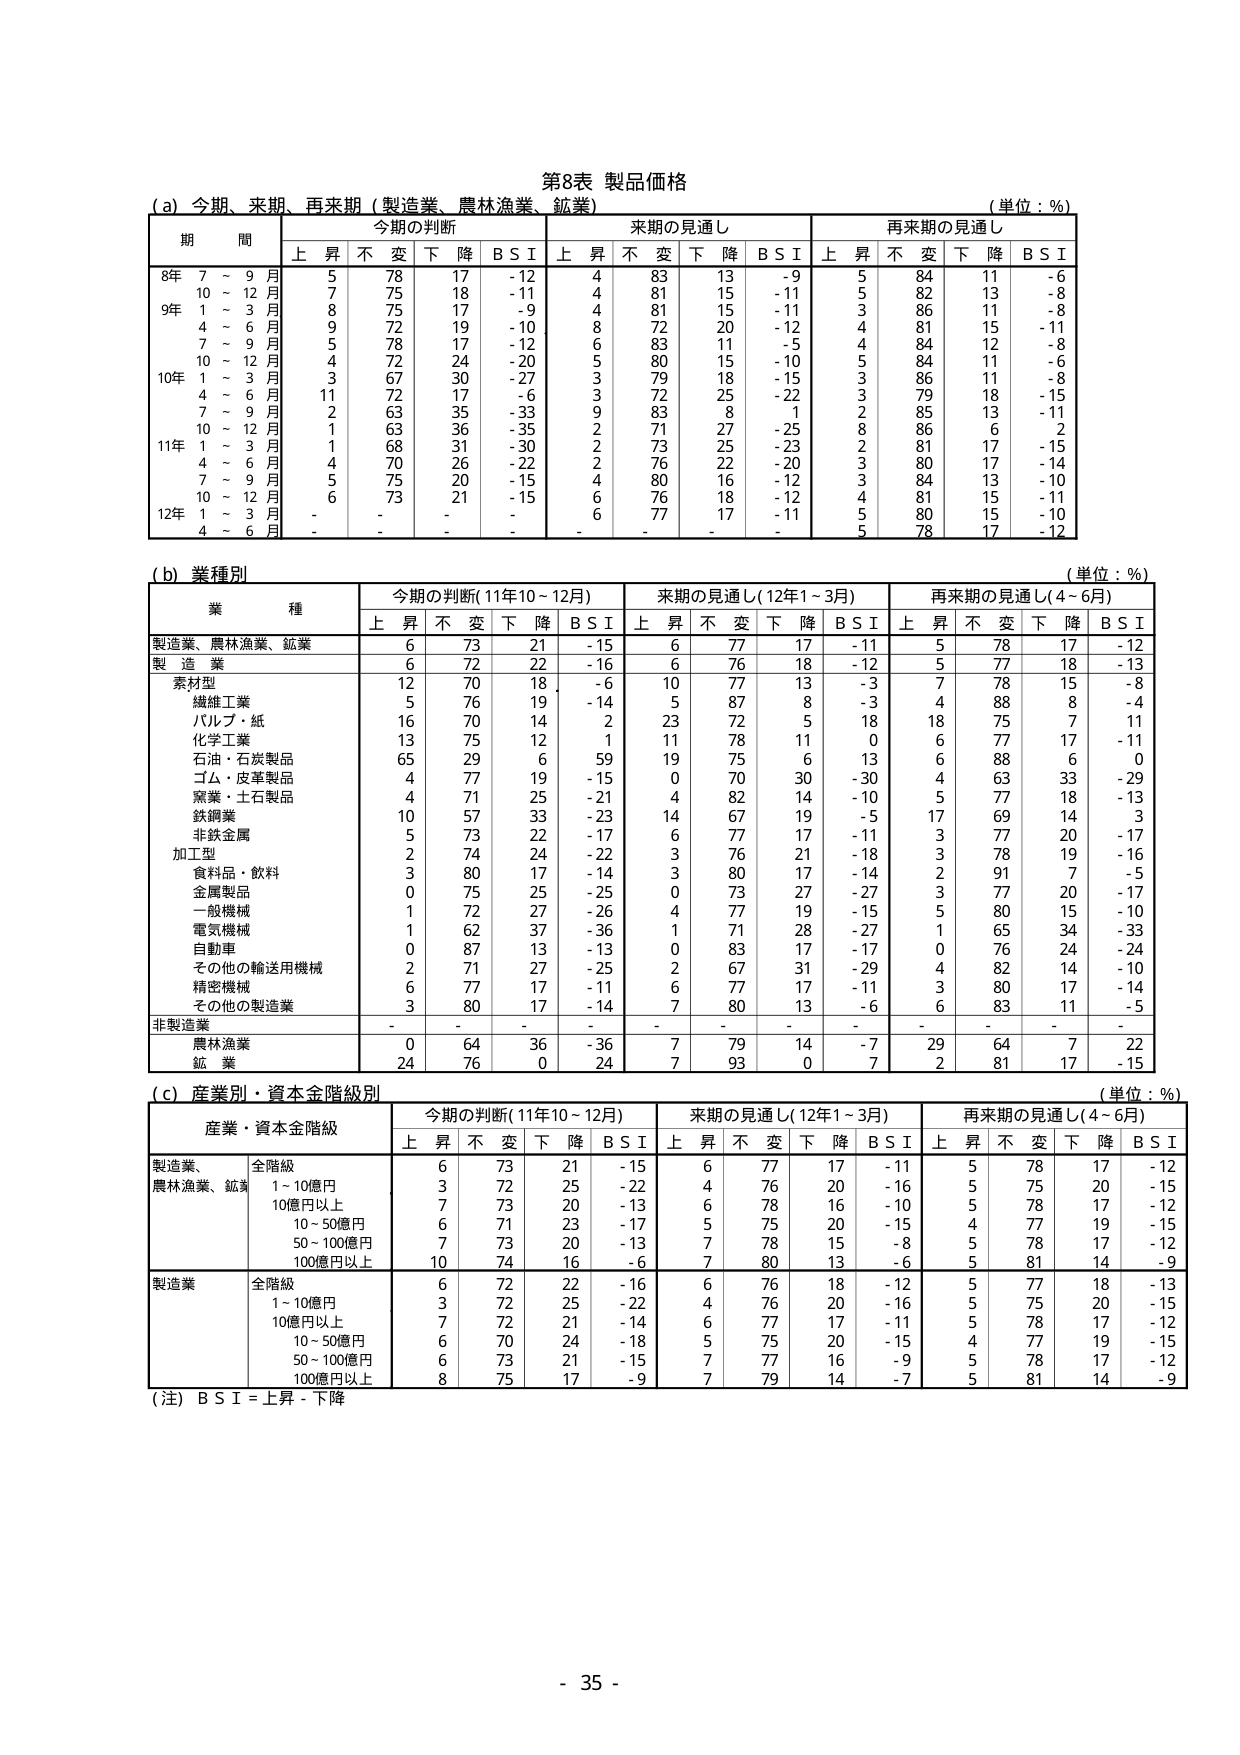
第8表 製品価格

(a) 今期、来期、再来期（製造業、農林漁業、鉱業）
（単位：％）

期 間 今期の判断 来期の見通し 再来期の見通し
　　　　上昇 不変 下降 B S I 上昇 不変 下降 B S I 上昇 不変 下降 B S I

8年 7～9月 5 78 17 -12 4 83 13 -9 5 84 11 -6
　　10～12月 7 75 18 -11 4 81 15 -11 5 82 13 -8
9年 1～3月 8 75 17 -9 4 81 15 -11 3 86 11 -8
　　4～6月 9 72 19 -10 8 72 20 -12 4 81 15 -11
　　7～9月 5 78 17 -12 6 83 11 -5 4 84 12 -8
　　10～12月 4 72 24 -20 5 80 15 -10 5 84 11 -6
10年 1～3月 3 67 30 -27 3 79 18 -15 3 86 11 -8
　　4～6月 11 72 17 -6 3 72 25 -22 3 79 18 -15
　　7～9月 2 63 35 -33 9 83 8 1 2 85 13 -11
　　10～12月 1 63 36 -35 2 71 27 -25 8 86 6 2
11年 1～3月 1 68 31 -30 2 73 25 -23 2 81 17 -15
　　4～6月 4 70 26 -22 2 76 22 -20 3 80 17 -14
　　7～9月 5 75 20 -15 4 80 16 -12 3 84 13 -10
　　10～12月 6 73 21 -15 6 76 18 -12 4 81 15 -11
12年 1～3月 - - - - 6 77 17 -11 5 80 15 -10
　　4～6月 - - - - - - - - 5 78 17 -12

(b) 業種別
（単位：％）

業 種 今期の判断（11年10～12月） 来期の見通し（12年1～3月） 再来期の見通し（4～6月）
　　　　上昇 不変 下降 B S I 上昇 不変 下降 B S I 上昇 不変 下降 B S I

製造業、農林漁業、鉱業 6 73 21 -15 6 77 17 -11 5 78 17 -12
製 造 業 6 72 22 -16 6 76 18 -12 5 77 18 -13
　　素材型 12 70 18 -6 10 77 13 -3 7 78 15 -8
　　　　繊維工業 5 76 19 -14 5 87 8 -3 4 88 8 -4
　　　　パルプ・紙 16 70 14 2 23 72 5 18 18 75 7 11
　　　　化学工業 13 75 12 1 11 78 11 0 6 77 17 -11
　　　　石油・石炭製品 65 29 6 59 19 75 6 13 6 88 6 0
　　　　ゴム・皮革製品 4 77 19 -15 0 70 30 -30 4 63 33 -29
　　　　窯業・土石製品 4 71 25 -21 4 82 14 -10 5 77 18 -13
　　　　鉄鋼業 10 57 33 -23 14 67 19 -5 17 69 14 3
　　　　非鉄金属 5 73 22 -17 6 77 17 -11 3 77 20 -17
　　加工型 2 74 24 -22 3 76 21 -18 3 78 19 -16
　　　　食料品・飲料 3 80 17 -14 3 80 17 -14 2 91 7 -5
　　　　金属製品 0 75 25 -25 0 73 27 -27 3 77 20 -17
　　　　一般機械 1 72 27 -26 4 77 19 -15 5 80 15 -10
　　　　電気機械 1 62 37 -36 1 71 28 -27 1 65 34 -33
　　　　自動車 0 87 13 -13 0 83 17 -17 0 76 24 -24
　　　　その他の輸送用機械 2 71 27 -25 2 67 31 -29 4 82 14 -10
　　　　精密機械 6 77 17 -11 6 77 17 -11 3 80 17 -14
　　　　その他の製造業 3 80 17 -14 7 80 13 -6 6 83 11 -5
非製造業 - - - - - - - - - - - -
　　農林漁業 0 64 36 -36 7 79 14 -7 29 64 7 22
　　鉱 業 24 76 0 24 7 93 0 7 2 81 17 -15

(c) 産業別・資本金階級別
（単位：％）

産業・資本金階級 今期の判断（11年10～12月） 来期の見通し（12年1～3月） 再来期の見通し（4～6月）
　　　　上昇 不変 下降 B S I 上昇 不変 下降 B S I 上昇 不変 下降 B S I

製造業、
農林漁業、鉱業 全階級 6 73 21 -15 6 77 17 -11 5 78 17 -12
　　　　　　　　1～10億円 3 72 25 -22 4 76 20 -16 5 75 20 -15
　　　　　　　　10億円以上 7 73 20 -13 6 78 16 -10 5 78 17 -12
　　　　　　　　10～50億円 6 71 23 -17 5 75 20 -15 4 77 19 -15
　　　　　　　　50～100億円 7 73 20 -13 7 78 15 -8 5 78 17 -12
　　　　　　　　100億円以上 10 74 16 -6 7 80 13 -6 5 81 14 -9

製造業 全階級 6 72 22 -16 6 76 18 -12 5 77 18 -13
　　　　　　　　1～10億円 3 72 25 -22 4 76 20 -16 5 75 20 -15
　　　　　　　　10億円以上 7 72 21 -14 6 77 17 -11 5 78 17 -12
　　　　　　　　10～50億円 6 70 24 -18 5 75 20 -15 4 77 19 -15
　　　　　　　　50～100億円 6 73 21 -15 7 77 16 -9 5 78 17 -12
　　　　　　　　100億円以上 8 75 17 -9 7 79 14 -7 5 81 14 -9

（注）B S I = 上昇 - 下降

- 35 -